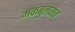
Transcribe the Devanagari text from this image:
मकबुलगंज